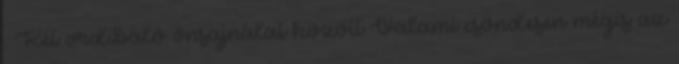
. Két ordibáló önsajnálat között Valami csöndesen mégis az